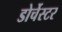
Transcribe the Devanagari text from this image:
डोर्चेस्टर